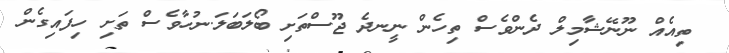
ތިއެއް ނޫނޭޝާމިލް ދެންވެސް ތިހެން ނީނދެ ޖޫސްތަށި ބޯލަބަލަ.ނުހާވެސް ތަށި ހިފައިގެން